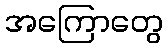
အကြောတွေ